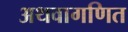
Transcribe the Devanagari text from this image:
अथवागणित